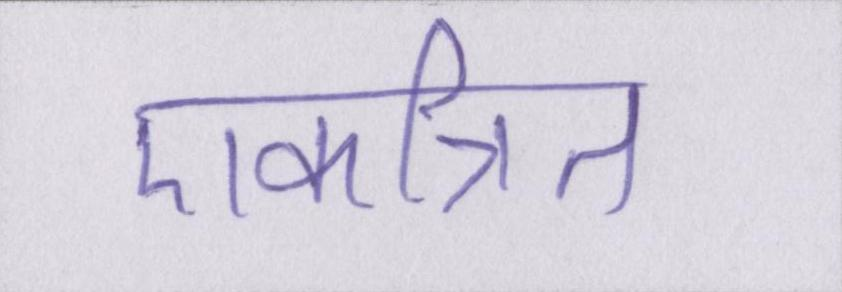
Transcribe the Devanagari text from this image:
एकत्रित